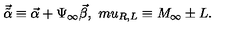
{ \vec { \tilde { \alpha } } } \equiv { \vec { \alpha } } + \Psi _ { \infty } { \vec { \beta } } , \ m u _ { R , L } \equiv M _ { \infty } \pm L .